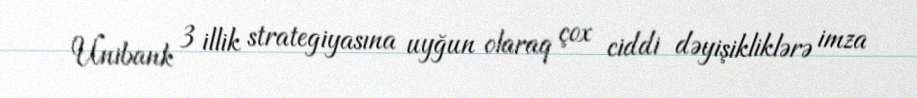
Unibank 3 illik strategiyasına uyğun olaraq çox ciddi dəyişikliklərə imza